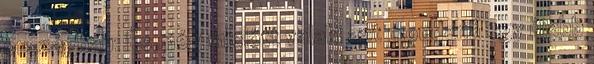
országban: És még mielőtt valaki azt mondaná egy újabb